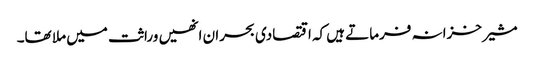
مشیر خزانہ فرماتے ہیں کہ اقتصادی بحران انھیں وراثت میں ملا تھا۔